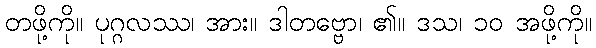
တဖို့ကို။ ပုဂ္ဂလဿ၊ အား။ ဒါတဗ္ဗော၊ ၏။ ဒသ၊ ၁၀ အဖို့ကို။